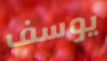
يوسف